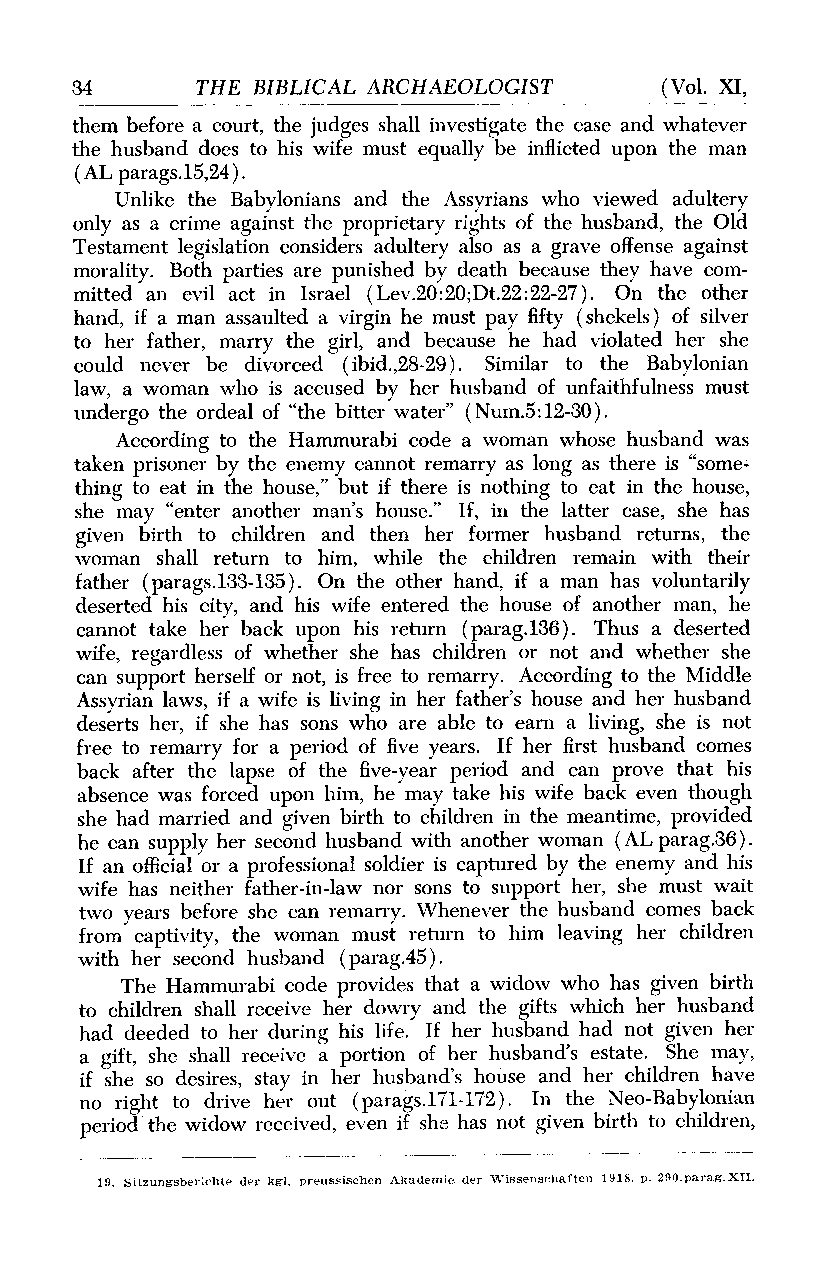
34      THE BIBLICAL ARCHAEOLOGIST     (Vol. XI,
 them before a court, the judges shall investigate the case and whatever
 the husband does to his wife must equally be inflicted upon the man
 (AL parags.15,24).
 Unlike the Babylonians and the Assyrians who viewed adultery
 only as a crime against the proprietary rights of the husband, the Old
 Testament legislation considers adultery also as a grave offense against
 morality. Both parties are punished by death because they have com-
 mitted an evil act in Israel (Lev.20:20;Dt.22:22-27). On the other
 hand, if a man assaulted a virgin he must pay fifty (shekels) of silver
 to her father, marry the girl, and because he had violated her she
 could never be divorced (ibid.,28-29). Similar to the Babylonian
 law, a woman who is accused by her husband of unfaithfulness must
 undergo the ordeal of "the bitter water" (Num.5:12-30).
 According to the Hammurabi code a woman whose husband was
 taken prisoner by the enemy cannot remarry as long as there is "some-
 thing to eat in the house," but if there is nothing to eat in the house,
 she may "enter another man's house." If, in the latter case, she has
 given birth to children and then her former husband returns, the
 woman shall return to him, while the children remain with their
 father (parags.133-135). On the other hand, if a man has voluntarily
 deserted his city, and his wife entered the house of another man, he
 cannot take her back upon his return (parag.136). Thus a deserted
 wife, regardless of whether she has children or not and whether she
 can support herself or not, is free to remarry. According to the Middle
 Assyrian laws, if a wife is living in her father's house and her husband
 deserts her, if she has sons who are able to earn a living, she is not
 free to remarry for a period of five years. If her first husband comes
 back after the lapse of the five-year period and can prove that his
 absence was forced upon him, he may take his wife back even though
 she had married and given birth to children in the meantime, provided
 he can supply her second husband with another woman (AL parag.36).
 If an official or a professional soldier is captured by the enemy and his
 wife has neither father-in-law nor sons to support her, she must wait
 two years before she can remarry. Whenever the husband comes back
 from captivity, the woman must return to him leaving her children
 with her second husband (parag.45).
 The Hammurabi code provides that a widow who has given birth
 to children shall receive her dowry and the gifts which her husband
 had deeded to her during his life. If her husband had not given her
 a gift, she shall receive a portion of her husband's estate. She may,
 if she so desires, stay in her husband's house and her children have
 no right to drive her out (parags.171-172). In the Neo-Babylonian
 period the widow received, even if she has not given birth to children,
 19. Sitzungsberichte der kgl. preussischen Akademie der Wissenschaften 1918, p. 290,parag.XII.